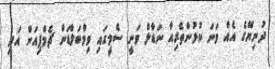
ދުނިޔޭގެ އެއް ވަނަ ކުޅުންތެރިއާ ނަޑާލް ވަނީ ސެމީގައި ވިމްބަލްޑަން ޗެމްޕިއަން އަދި